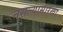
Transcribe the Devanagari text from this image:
नसल्यासारखा